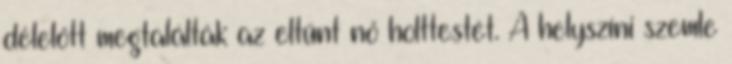
délelőtt megtalálták az eltűnt nő holttestét. A helyszíni szemle